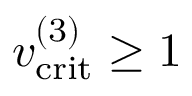
v _ { \mathrm { c r i t } } ^ { ( 3 ) } \geq 1